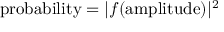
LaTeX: { \mathrm { p r o b a b i l i t y } } = | f ( { \mathrm { a m p l i t u d e } } ) | ^ { 2 }